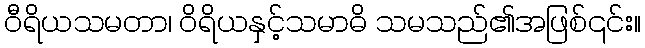
ဝီရိယသမတာ၊ ဝိရိယနှင့်သမာဓိ သမသည်၏အဖြစ်၎င်း။